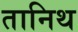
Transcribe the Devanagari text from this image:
तानिथ